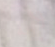
لأمه